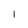
Character: 1